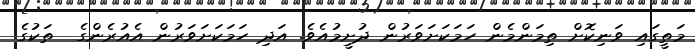
މަތީގައި ވަނިކޮށް ތިމަންމެން ހަމަކަށަވަރުން ދުށީމުއެވެ. އަދި ހަމަކަށަވަރުން އެއުރެންގެ  ތަކުގެ